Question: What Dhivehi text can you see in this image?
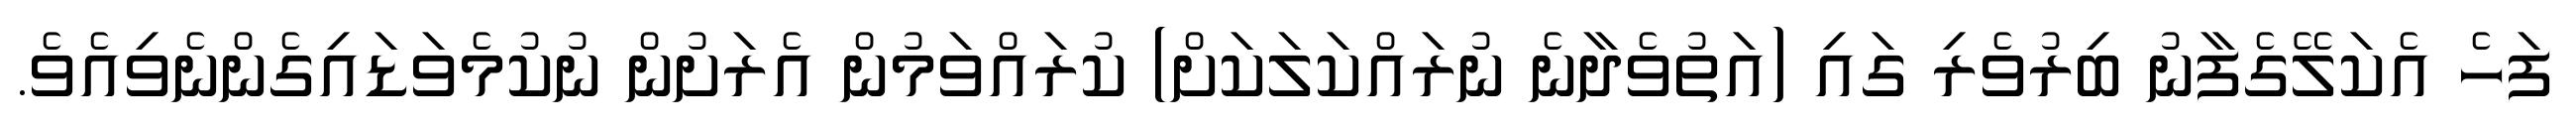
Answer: ފަހެ އެކަލޭގެފާނު ބިރުވެރި ގައި (އަތުވެދާނެ ނުރައްކަލަކަށް) ކުރައްވަމުން އެރަށުން ނުކުމެވަޑައިގެންނެވިއެވެ.